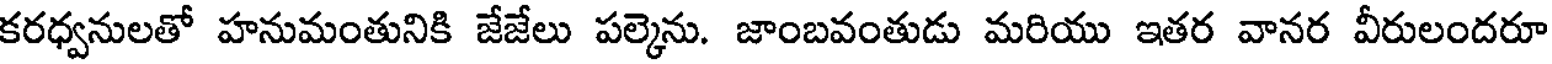
కరధ్వనులతో హనుమంతునికి జేజేలు పల్కెను. జాంబవంతుడు మరియు ఇతర వానర వీరులందరూ